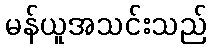
မန်ယူအသင်းသည်